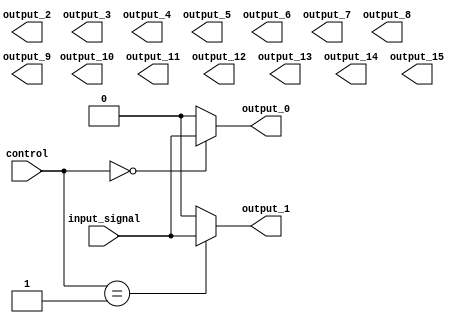
module demux_1to16 (
    input wire [15:0] control,
    input wire input_signal,
    output reg output_0,
    output reg output_1,
    output reg output_2,
    output reg output_3,
    output reg output_4,
    output reg output_5,
    output reg output_6,
    output reg output_7,
    output reg output_8,
    output reg output_9,
    output reg output_10,
    output reg output_11,
    output reg output_12,
    output reg output_13,
    output reg output_14,
    output reg output_15
);

always @(*) begin
    case(control)
        4'b0000: begin
            output_0 = input_signal;
            output_1 = 0;
            // assign other output lines to 0
        end
        4'b0001: begin
            output_0 = 0;
            output_1 = input_signal;
            // assign other output lines to 0
        end
        // add cases for the other control inputs
        default: begin
            // in case none of the control inputs match
            output_0 = 0;
            output_1 = 0;
            // assign other output lines to 0
        end
    endcase
end

endmodule